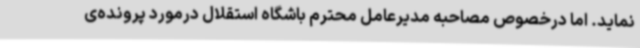
نماید. اما درخصوص مصاحبه مدیرعامل محترم باشگاه استقلال درمورد پرونده‌ی